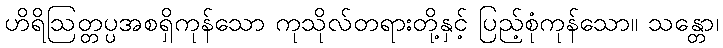
ဟိရိဩတ္တပ္ပအစရှိကုန်သော ကုသိုလ်တရားတို့နှင့် ပြည့်စုံကုန်သော။ သန္တော၊